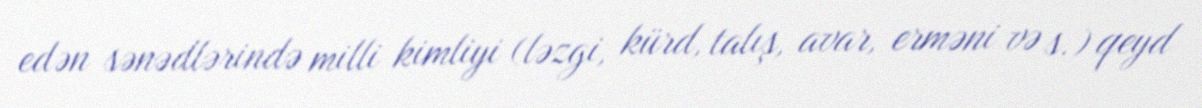
edən sənədlərində milli kimliyi (ləzgi, kürd, talış, avar, erməni və s.) qeyd